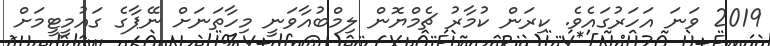
2019 ވަނަ އަހަރުގައެވެ. ކިރަން ކުމާރު ޗެމްޔޮން ލިމްބުއާވަނީ މިހާތަނަށް ނޭޕާގެ ގައުމީޓީމަށް